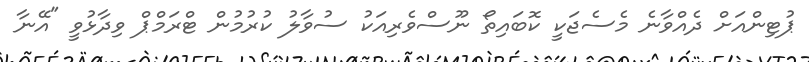
ޕުޓިންއަށް ދެއްވާނެ މެސެޖަކީ ކޮބައިތޯ ނޫސްވެރިއަކު ސުވާލު ކުރުމުން ޓްރަމްޕް ވިދާޅުވީ "އޭނާ